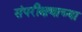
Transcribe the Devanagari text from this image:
संपरीक्षणाच्या